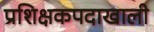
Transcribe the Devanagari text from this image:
प्रशिक्षकपदाखाली